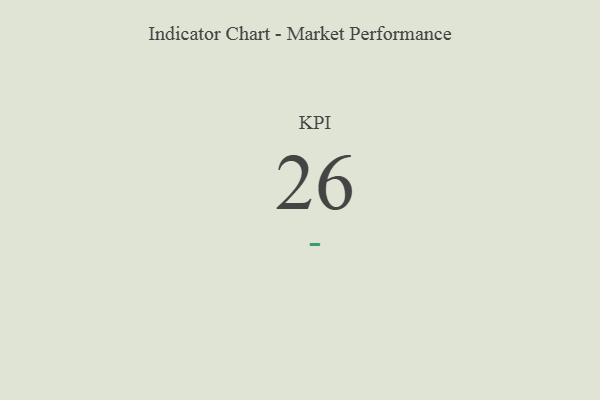
{"axis": {"x": "KPI", "y": "Value"}, "legend": [""], "data": [{"x": "KPI", "y": 26, "type": ""}]}